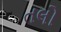
તલો